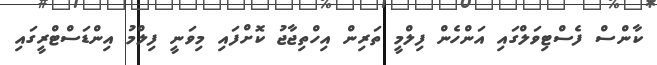
ކާންސް ފެސްޓިވަލްގައި އަންހެން ފިލްމީ ތަރިން އިހްތިޖާޖު ކޮށްފައި މިވަނީ ފިލްމު އިންޑަސްޓްރީގައި